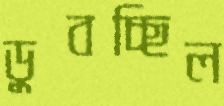
ডুবচ্ছিল